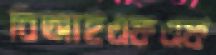
বিআইএফএফ